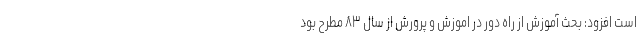
است افزود: بحث آموزش از راه دور در اموزش و پرورش از سال ۸۳ مطرح بود